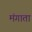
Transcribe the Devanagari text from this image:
मंगाता